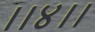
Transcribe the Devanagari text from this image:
।।४।।